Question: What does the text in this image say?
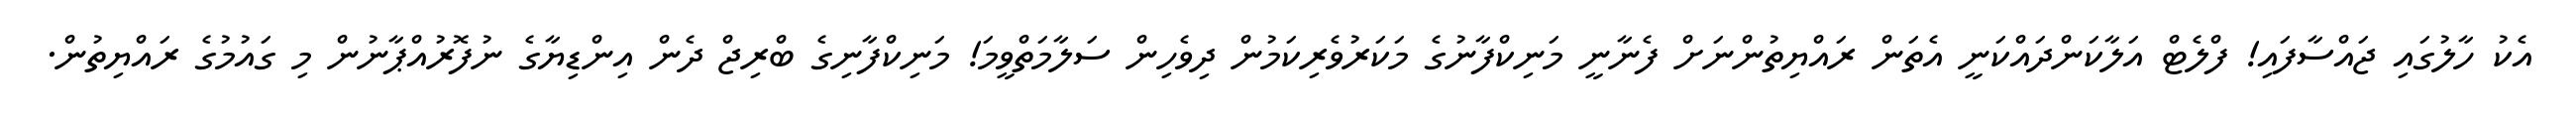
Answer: އެކު ހާލުގައި ޖައްސާފައި! ފްލެޓް އަލާކަންދައްކަނީ އެތަން ރައްޔިތުންނަށް ފެނާނީ މަނިކްފާނުގެ މަކަރުވެރިކަމުން ދިވެހިން ސަލާމަތްވީމަ! މަނިކްފާނިގެ ބްރިޖް ދެން އިންޑިޔާގެ ނުފޮރުއްޕާނުން މި ގައުމުގެ ރައްޔިތުން.